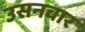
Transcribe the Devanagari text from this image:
उसनवार